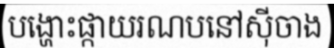
បង្ហោះផ្កាយរណបនៅស៊ីចាង